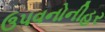
ઉપવનોનીહર